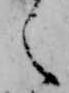
え